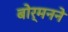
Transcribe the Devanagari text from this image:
बोर्मनने